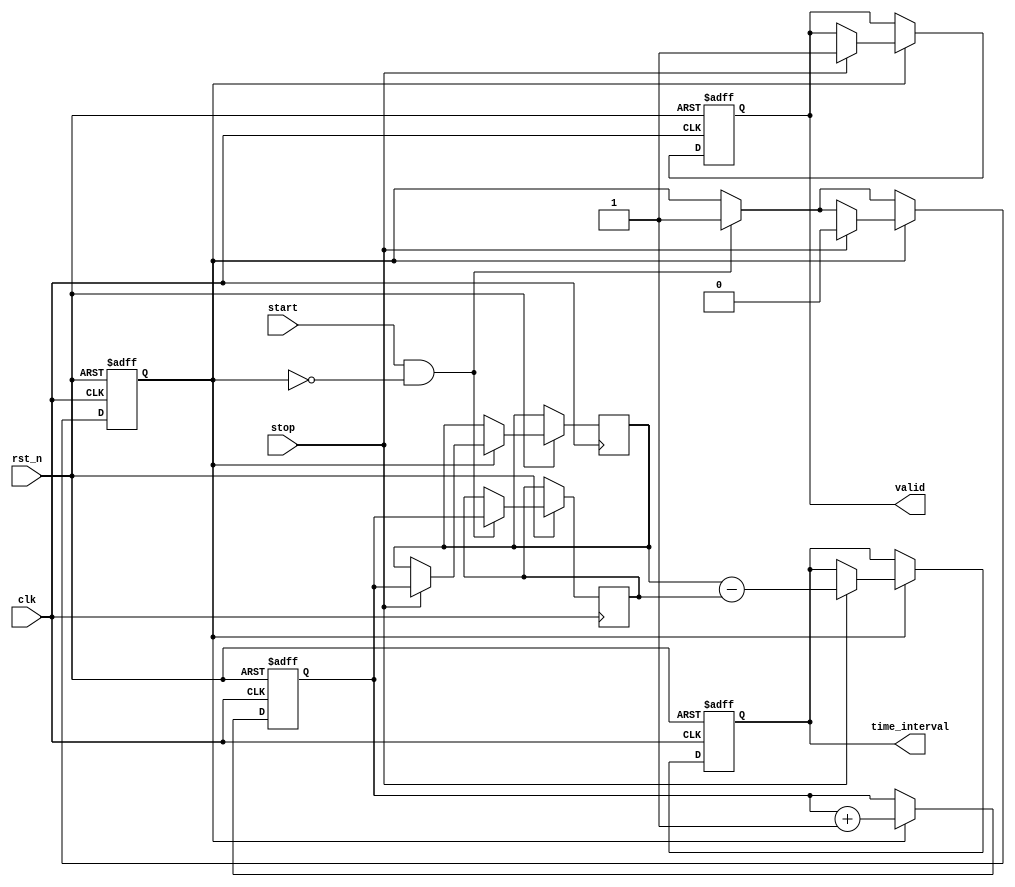
module TDC_SingleShot #(
    parameter ADDR_WIDTH = 10, // Width of address for memory
    parameter DATA_WIDTH = 32   // Width of time data (can be adjusted)
)(
    input wire clk,             // Clock signal
    input wire rst_n,           // Active low reset
    input wire start,           // Start signal
    input wire stop,            // Stop signal
    output reg [DATA_WIDTH-1:0] time_interval, // Time interval output
    output reg valid            // Valid signal to indicate output is ready
);

    // Memory to store start and stop timestamps
    reg [DATA_WIDTH-1:0] memory [(1 << ADDR_WIDTH)-1:0];
    reg [ADDR_WIDTH-1:0] addr;          // Address pointer for memory
    reg [DATA_WIDTH-1:0] start_time;    // Register to hold start time
    reg [DATA_WIDTH-1:0] stop_time;     // Register to hold stop time
    reg counting;                       // Counting state
    reg [DATA_WIDTH-1:0] counter;       // Counter for clock cycles

    // Counter and Memory Logic
    always @(posedge clk or negedge rst_n) begin
        if (!rst_n) begin
            addr <= 0;
            counter <= 0;
            counting <= 0;
            valid <= 0;
            time_interval <= 0;
        end else begin
            if (start && !counting) begin
                // Capture the start time
                start_time <= counter;
                counting <= 1;
                addr <= addr + 1; // Increment address for next write
                memory[addr] <= start_time; // Store start time in memory
            end
            
            if (counting) begin
                // Increment counter while counting
                counter <= counter + 1;

                if (stop) begin
                    // Capture the stop time
                    stop_time <= counter;
                    counting <= 0;
                    addr <= addr + 1; // Increment address for storing stop time
                    memory[addr] <= stop_time; // Store stop time in memory

                    // Calculate time interval
                    time_interval <= stop_time - start_time; 
                    valid <= 1; // Indicate valid output
                end
            end
        end
    end

endmodule